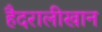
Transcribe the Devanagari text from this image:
हैदरालीखान